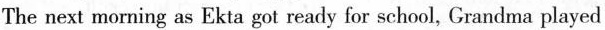
The next morning as Ekta got ready for school, Grandma played